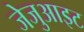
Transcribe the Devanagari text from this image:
जेजुआइट